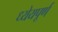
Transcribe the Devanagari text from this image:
ध्येयपूर्ण